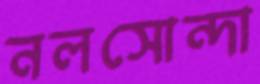
নলসোন্দা